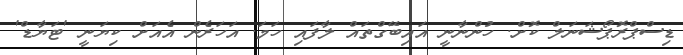
ޑިސްޕްރޮޕޯޝަނަލް ކޮށް. ހުންނާނީ އައިބޭގްތައް ލާފައި ހަމަ. އަހަރެން އެއަށް ކިޔަނީ 'ޓަޔާޑް'